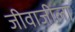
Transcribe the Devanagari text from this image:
जीवाजीला